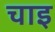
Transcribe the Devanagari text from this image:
चाइ